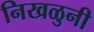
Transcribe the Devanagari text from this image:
निखळुनी